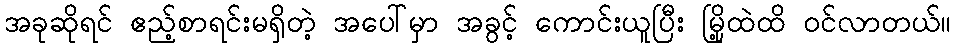
အခုဆိုရင် ဧည့်စာရင်းမရှိတဲ့ အပေါ်မှာ အခွင့် ကောင်းယူပြီး မြို့ထဲထိ ဝင်လာတယ်။